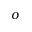
o